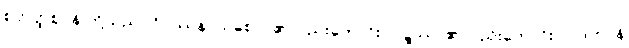
စတုတ္ထဈာန် တို့သည်။ ဝိပဿနာယစေဝ၊ ၏လည်းကောင်း။ ဝဋ္ဋဿ၊ ၏လည်းကောင်း။ ပါဒကာနိ